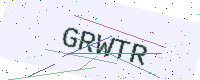
Text: GRWTR